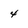
Character: 4